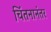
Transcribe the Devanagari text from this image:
चिंतनानंतर